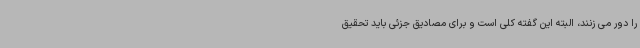
را دور می زنند، البته این گفته کلی است و برای مصادیق جزئی باید تحقیق